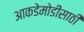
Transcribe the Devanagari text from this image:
आकडेमोडींसाठी